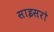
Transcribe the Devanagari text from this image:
साइसरो